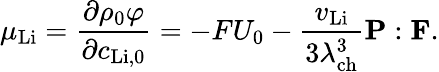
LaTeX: \mu_{\mathrm{Li}}=\frac{\partial\rho_{0}\varphi}{\partial c_{\mathrm{Li,0}}}=-FU_{0}-\frac{v_{\mathrm{Li}}}{3\lambda_{\mathrm{ch}}^{3}}\mathbf{P}:\mathbf{F}.